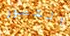
التصور